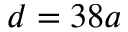
d = 3 8 a